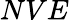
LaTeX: NVE